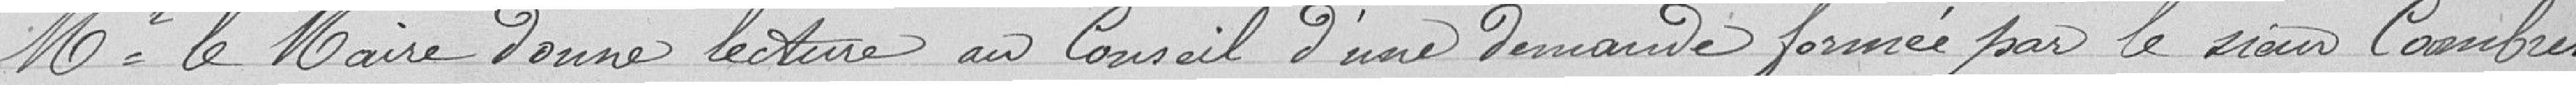
Mr le Maire donne lecture au Conseil d'une demande formée par le sieur Cambres.